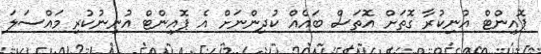
ޕޮއިންޓް އުނިކުރާ ގޮތަށް އޮތަސް ބައެއް ކުދިންނަށް އެ ޕޮއިންޓް އުނިނުކުރި މައްސަލަ